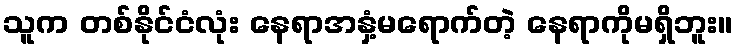
သူက တစ်နိုင်ငံလုံး နေရာအနှံ့မရောက်တဲ့ နေရာကိုမရှိဘူး။